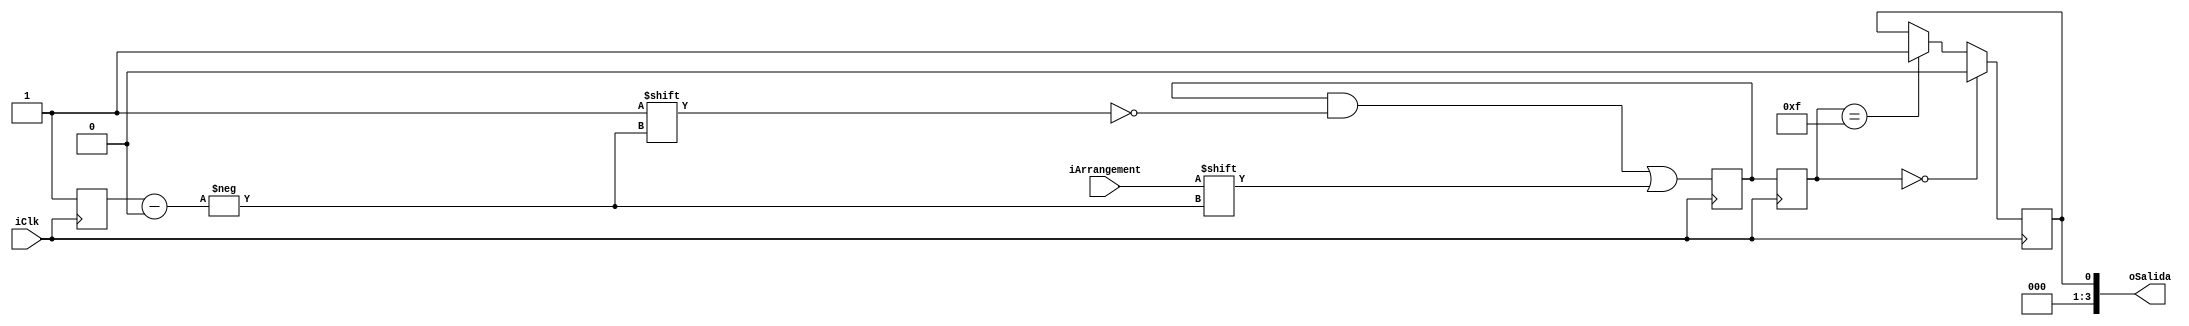
module Debouncing(
     input iClk,
	  input iArrangement,
	  output[3:0]oSalida 
	  );
	  
reg rSave_Q; 
reg rSave_D;

reg [3:0]rSignal_D;
reg [3:0]rSignal_Q;

reg [3:0]Count_Q = 4'd0;
reg [3:0]Count_D = 4'd0;


	
assign oSalida = rSave_Q;	

always @ (posedge iClk)
begin
	rSave_Q <= rSave_D;	
		 
if(Count_Q < 4)
	begin
	rSignal_D[Count_D] <= iArrangement;
	end
else
	begin
	Count_D = 4'd0;
	end
Count_D = Count_Q + 4'd1;
rSignal_Q <= rSignal_D;
end	 
 
	  
always @ *
 
 if (rSignal_Q == 4'b0000)
   begin
	   rSave_D =4'd0;
   end 
else if (rSignal_Q == 4'b1111)
  begin 
     rSave_D =4'd1;
  end 
 else //if (iArrangement != 4'd0 && iArrangement != 4'd15)
   begin 
	   // lo mantengo en el estado anterior
       rSave_D = rSave_Q; 
	end
 
 endmodule